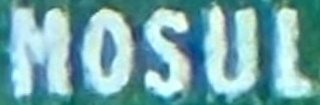
MOSUL